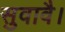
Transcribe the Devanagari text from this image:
सुवावै।